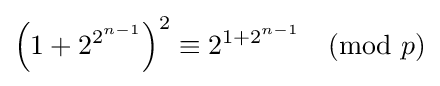
\left(1+2^{2^{n-1}}\right)^{2}\equiv 2^{1+2^{n-1}}{\pmod {p}}